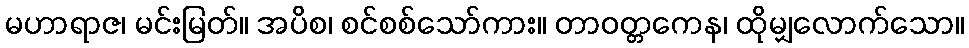
မဟာရာဇ၊ မင်းမြတ်။ အပိစ၊ စင်စစ်သော်ကား။ တာဝတ္တကေန၊ ထိုမျှလောက်သော။